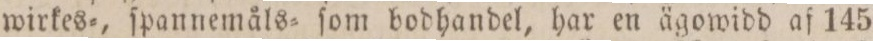
wirkes=, ſpannemåls= ſom bodhandel, har en ägowidd af 145